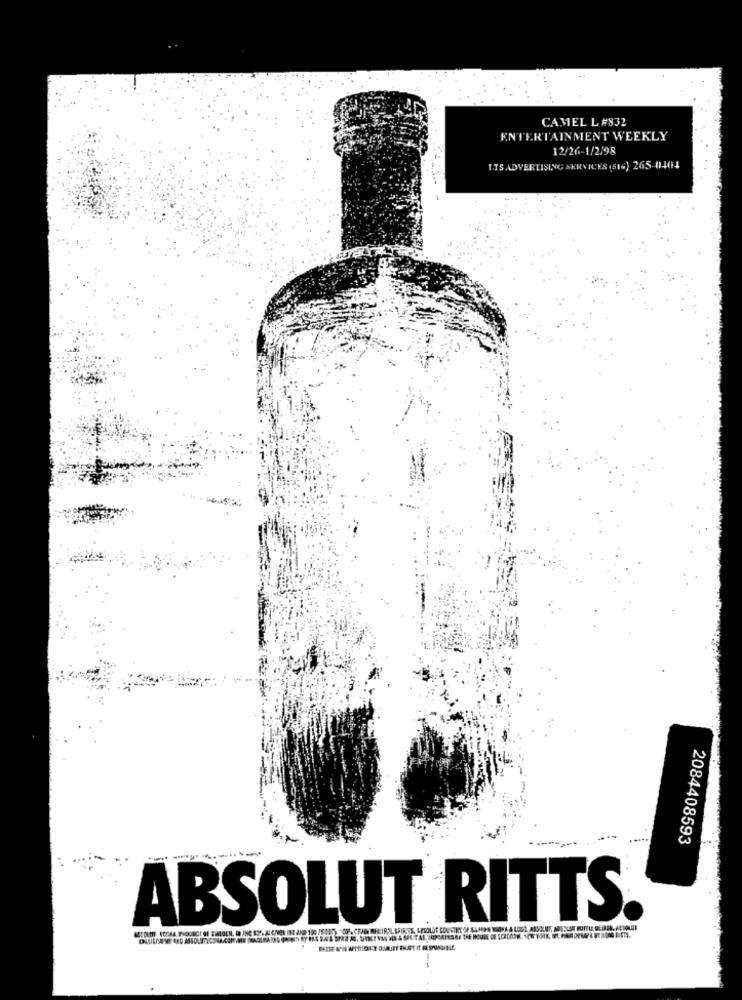
CAMEL L #832
ENTERTAINMENT WEEKLY
12/26-1/2/98
I.TS ADVERTISING SERVICES (516) 265-0404
2084408593
--------
ABSOLUT RITTS